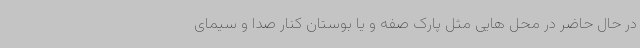
در حال حاضر در محل هایی مثل پارک صفه و یا بوستان کنار صدا و سیمای